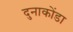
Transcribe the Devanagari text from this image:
दुनाकोंडा